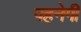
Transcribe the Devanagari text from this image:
पहनेगी